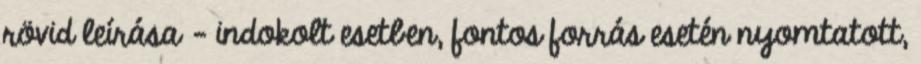
rövid leírása – indokolt esetben, fontos forrás esetén nyomtatott,